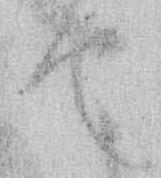
て